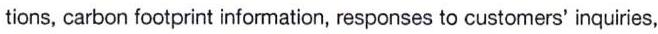
tions, carbon footprint information, responses to customers' inquiries,